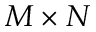
M \times N